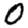
Digit: 0